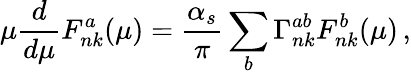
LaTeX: \mu\frac{d}{d\mu}F_{nk}^{a}(\mu)=\frac{\alpha_{s}}{\pi}\sum_{b}\Gamma_{nk}^{ab}F_{nk}^{b}(\mu)\, ,